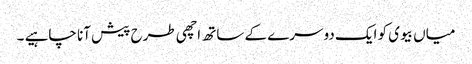
میاں بیوی کو ایک دوسرے کے ساتھ اچھی طرح پیش آنا چاہیے ۔